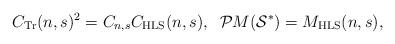
LaTeX: \begin{align*}C_{\mathrm{Tr}}(n,s)^2= C_{n,s}C_{\mathrm{HLS}}(n,s), \;\; \mathcal{P}M(\mathcal{S}^\ast)=M_{\mathrm{HLS}}(n,s),\end{align*}